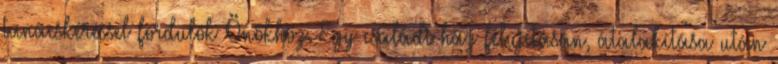
tanácskéréssel fordulok Önökhöz. Egy családi ház felújításán, átalakítása után